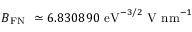
B _ { \small \mathrm { F N } } ~ \simeq 6 . 8 3 0 8 9 0 ~ \mathrm { e V } ^ { - 3 / 2 } ~ \mathrm { V ~ n m } ^ { - 1 }